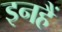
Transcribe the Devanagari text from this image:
इनहैं